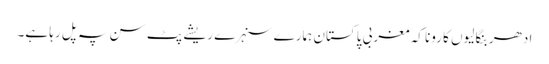
ادھر بنگالیوں کا رونا کہ مغربی پاکستان ہمارے سنہرے ریشے پٹ سن پہ پل رہا ہے۔